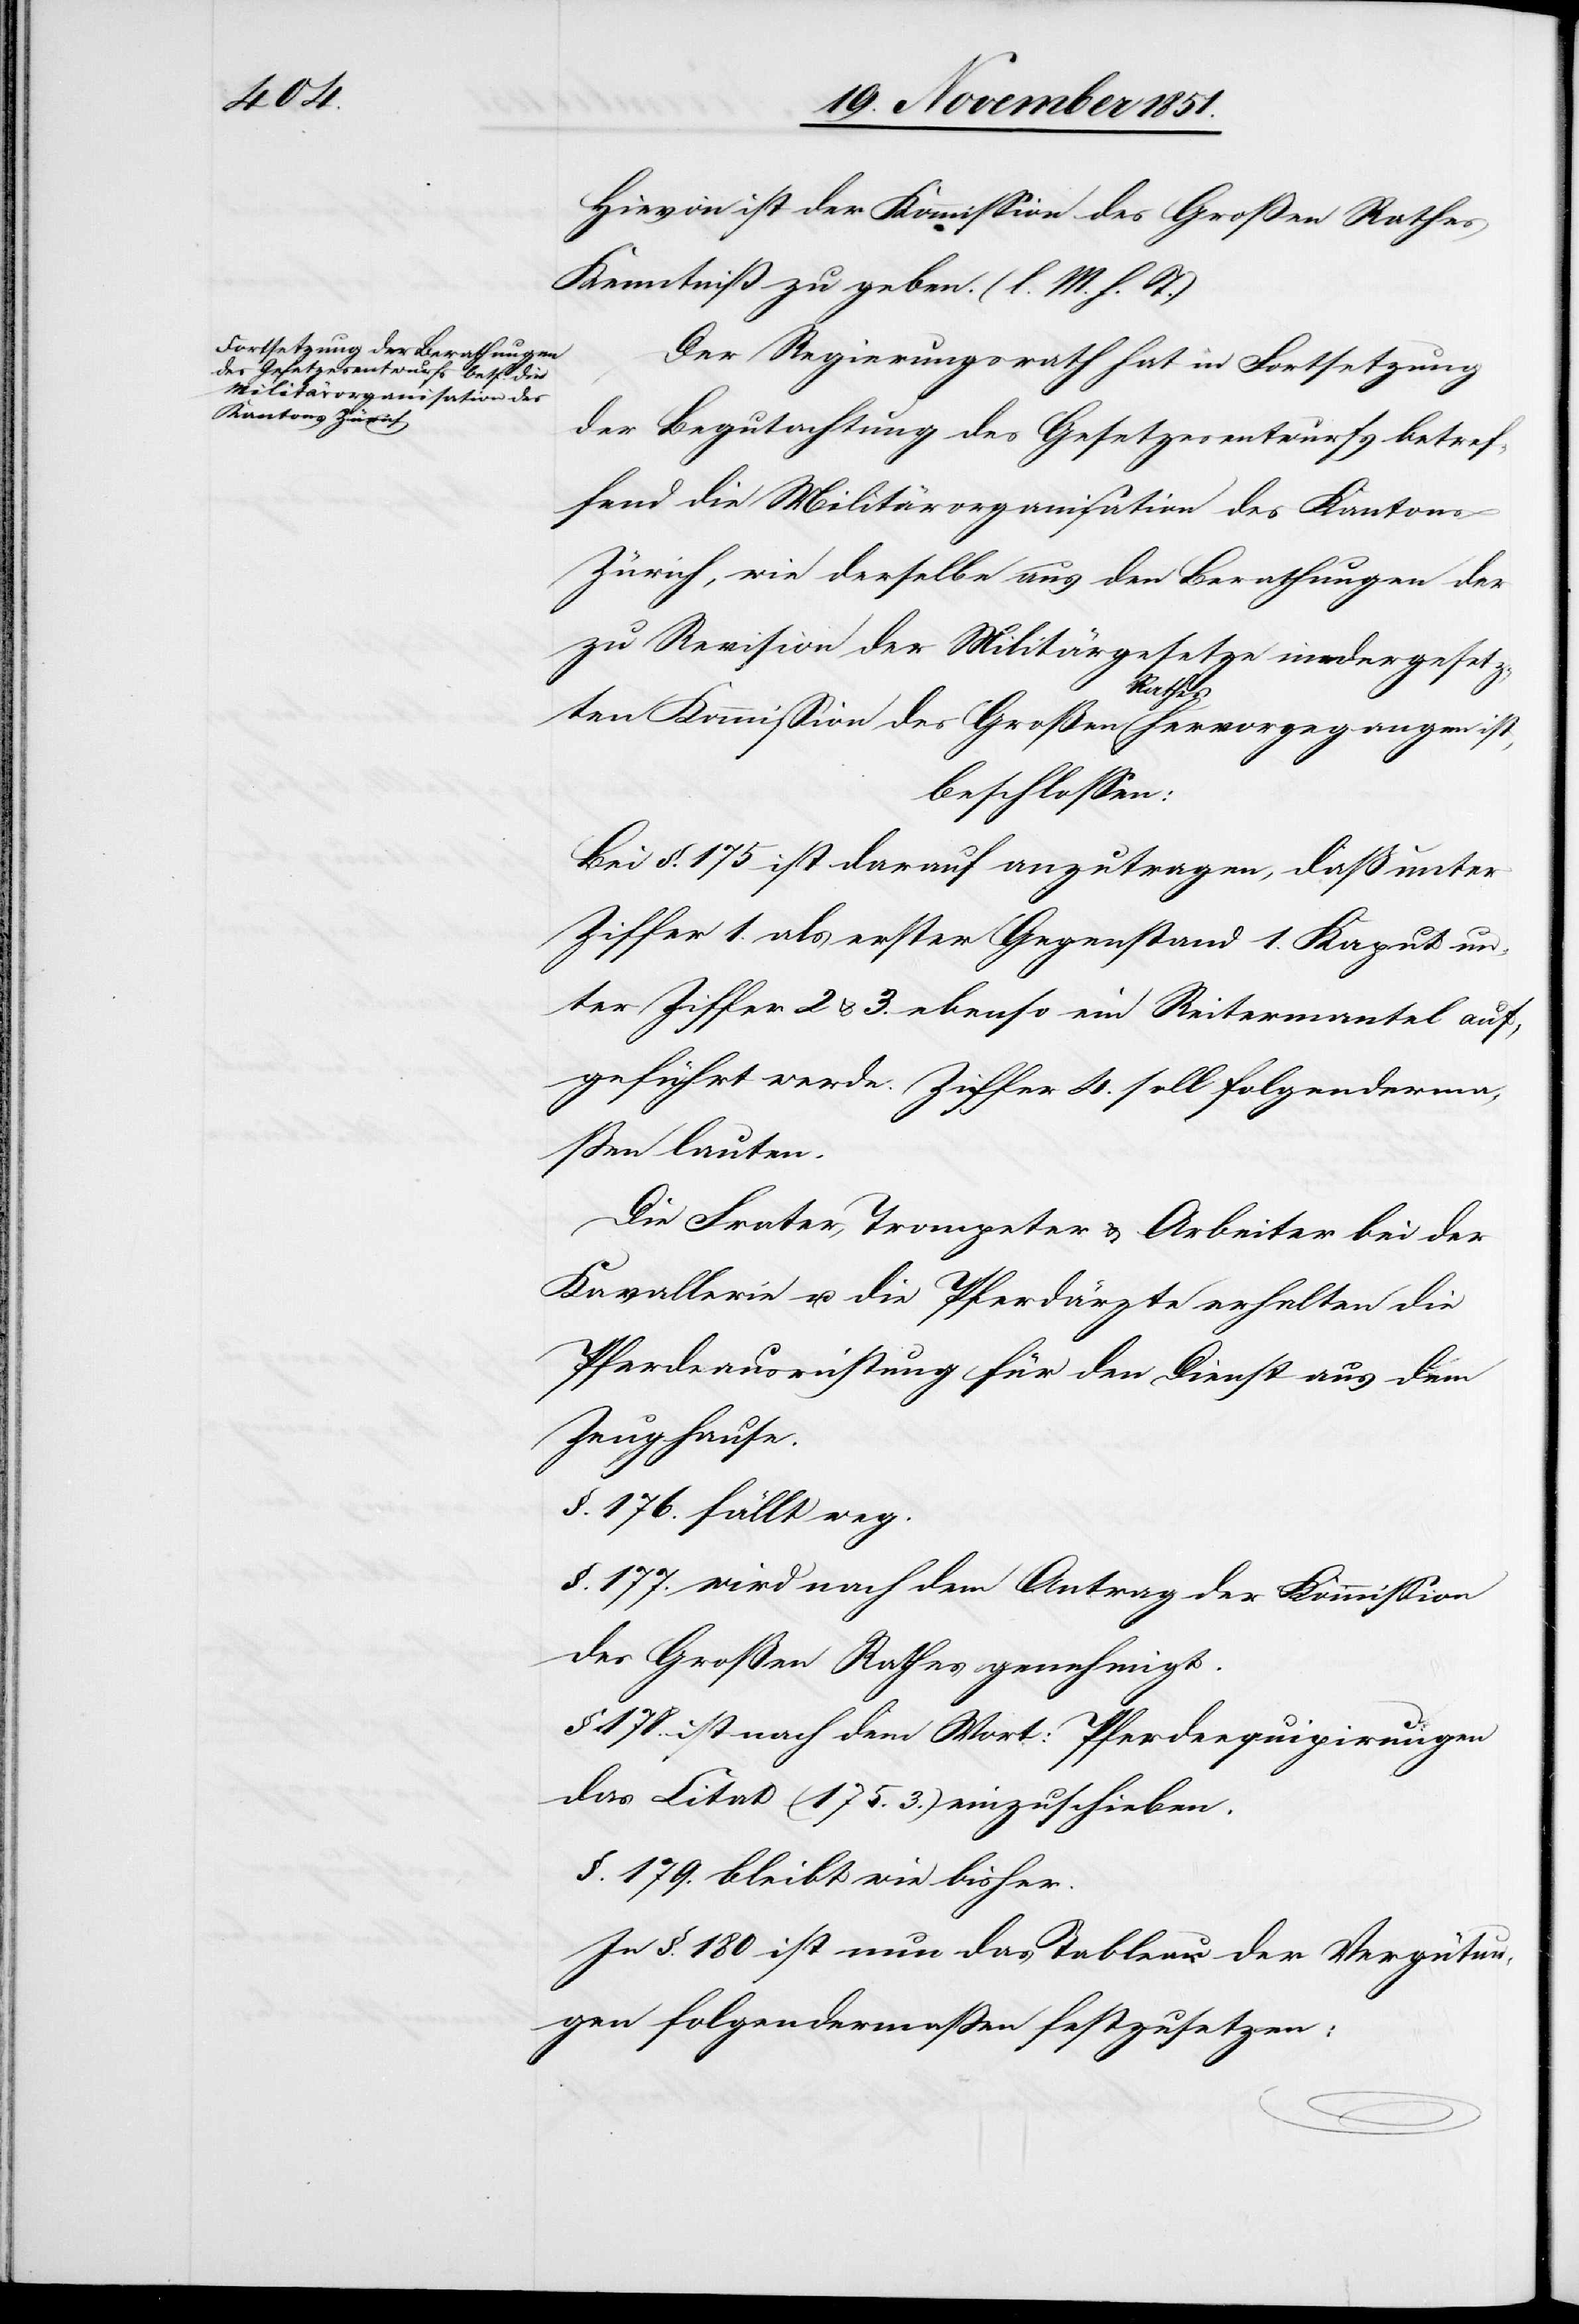
Hievon ist der Kommission des Großen Rathes
Kenntniß zu geben. (l. M. h. T.)
Der Regierungsrath hat in Fortsetzung
der Begutachtung des Gesetzesentwurfs betref¬
fend die Militärorganisation des Kantons
Zürich, wie derselbe aus den Berathungen der
zu Revision der Militärgesetze niedergesetz¬
ten Kommission des Großen Rathes hervorgegangen ist,
beschlossen:
Bei §. 175 ist darauf anzutragen, daß unter
Ziffer 1. als erster Gegenstand 1. Kaput un¬
ter Ziffer 2 & 3. ebenso ein Reitermantel auf¬
geführt werde. Ziffer 4. soll folgenderma¬
ßen lauten.
Die Frater, Trompeter & Arbeiter bei der
Kavallerie u. die Pferdärzte erhalten die
Pferdeausrüstung für den Dienst aus dem
Zeughause.
§. 176. fällt weg.
§. 177. wird nach dem Antrag der Kommission
des Großen Rathes genehmigt.
§ 178. ist nach dem Wort: Pferdeequipirungen
das Citat (175. 3.) einzuschieben.
§. 179. bleibt wie bisher.
In §. 180 ist nun das Tableau der Vergütun¬
gen folgendermaßen festzusetzen: